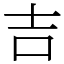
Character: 吉